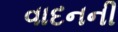
વાદનની